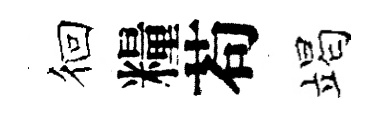
徊糧苟竭